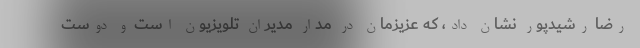
رضا رشیدپور نشان داد، که عزیزمان در مدار مدیران تلویزیون است و دوست